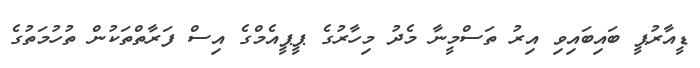
ޑީއާރުޕީ ބައިބައިވި އިރު ތަސްމީނާ މެދު މިހާރުގެ ޕީޕީއެމްގެ އިސް ފަރާތްތަކުން ތުހުމަތުގެ